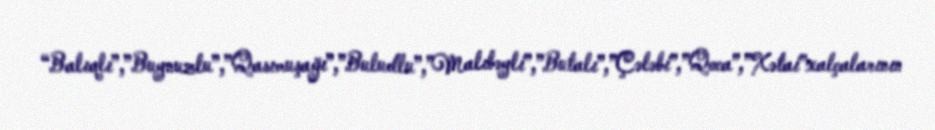
“Balıqlı”,”Buynuzlu”,”Qasımuşağı”,”Buludlu”,”Malıbəyli”,”Butalı”,”Çələbi”,”Qoca”,”Xətai”xalçalarının